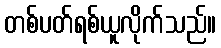
တစ်ပတ်ရစ်ယူလိုက်သည်။